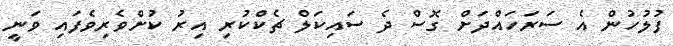
ފުލުހުން އެ ސަރަހައްދަށް ގޮސް ދެ ސައިކަލް ޗެކްކުރި އިރު ކުށްވެރިވެފައި ވަނީ